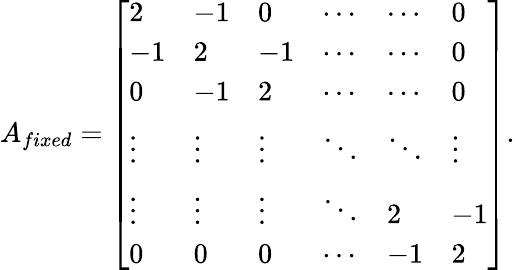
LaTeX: A_{fixed}=\left[\begin{array}{llllll}{2}&{-1}&{0}&{\cdots}&{\cdots}&{0}\\ {-1}&{2}&{-1}&{\cdots}&{\cdots}&{0}\\ {0}&{-1}&{2}&{\cdots}&{\cdots}&{0}\\ {\vdots}&{\vdots}&{\vdots}&{\ddots}&{\ddots}&{\vdots}\\ {\vdots}&{\vdots}&{\vdots}&{\ddots}&{2}&{-1}\\ {0}&{0}&{0}&{\cdots}&{-1}&{2}\end{array}\right].